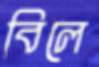
বিলে